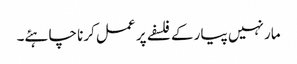
مار نہیں پیار کے فلسفے پر عمل کرنا چاہئے۔